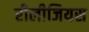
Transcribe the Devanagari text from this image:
रीलीजियस